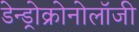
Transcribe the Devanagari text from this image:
डेन्ड्रोक्रोनोलॉजी